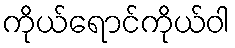
ကိုယ်ရောင်ကိုယ်ဝါ